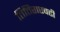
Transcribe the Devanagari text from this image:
तित्तिराएवढी